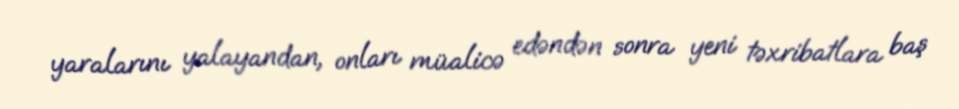
yaralarını yalayandan, onları müalicə edəndən sonra yeni təxribatlara baş